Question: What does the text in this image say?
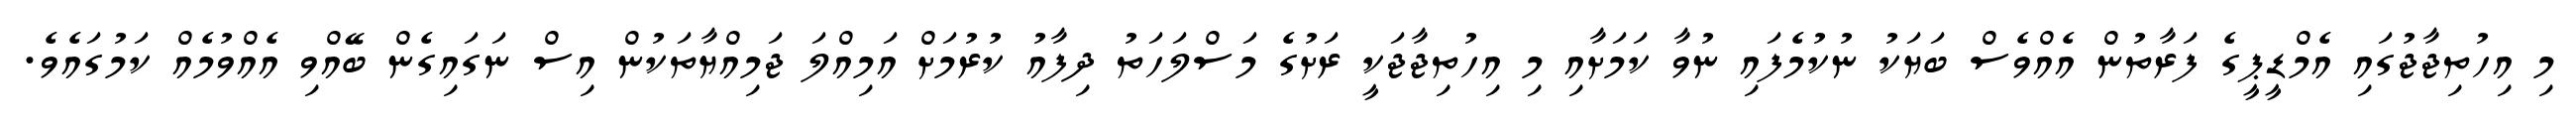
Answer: މި އިހުތިޖާޖުގައި އެމްޑީޕީގެ ފަރާތުން އެއްވެސް ބަޔަކު ނުކުމެފައި ނުވާ ކަމަށާއި މި އިހުތިޖާޖަކީ ރަށުގެ މަސްލަހަތު ދިފާއު ކުރުމަށް އަމިއްލަ ޖަމިއްޔާތަކުން އިސް ނަގައިގެން ބޭއްވި އެއްވުމެއް ކަމުގައެވެ.